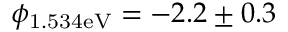
\phi _ { \mathrm { 1 . 5 3 4 e V } } = - 2 . 2 \pm 0 . 3